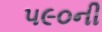
૫૯૦ની